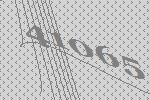
41065